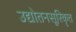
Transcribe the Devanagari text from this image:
उद्योतनसूरिकृत